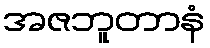
အဇဘူတာနံ